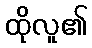
ထိုလူ၏